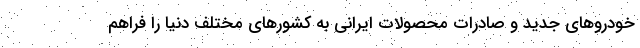
خودروهای جدید و صادرات محصولات ایرانی به کشورهای مختلف دنیا را فراهم